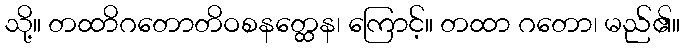
သို့။ တထာိဂတောတိဝစနတ္ထေန၊ ကြောင့်။ တထာ ဂတော၊ မည်၏။